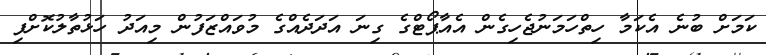
ކަމަށް ބުނެ އެކަމާ ހިތްހަމަނުޖެހިގެން އެއާޕޯޓްގެ ގިނަ އަދަދެއްގެ މުވައްޒަފުން މިއަދު ހަޅުތާލުކޮށްފި